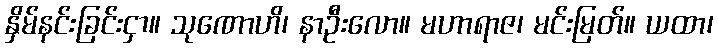
နှိမ်နင်းခြင်းငှာ။ သုဏောဟိ၊ နာဦးလော။ မဟာရာဇ၊ မင်းမြတ်။ ယထာ၊